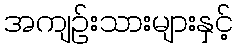
အကျဉ်းသားများနှင့်